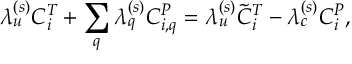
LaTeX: \lambda _ { u } ^ { ( s ) } C _ { i } ^ { T } + \sum _ { q } \lambda _ { q } ^ { ( s ) } C _ { i , q } ^ { P } = \lambda _ { u } ^ { ( s ) } \tilde { C } _ { i } ^ { T } - \lambda _ { c } ^ { ( s ) } C _ { i } ^ { P } ,